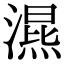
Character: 𣽙